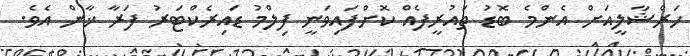
ހަރްޝާލީއަށް އެންމެ ބޮޑު ތައުރީފެއް ކޮށްފައިވަނީ ފިލްމު ޑައިރެކްޓަރު ފަރާ ޚާން އެވެ.